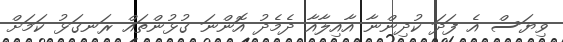
ވިޔަސް އެ ފަދަ ކުދިންނާ އާއިލާއާ ދެމެދު އޮންނަ ގުޅުންތައް ރަނގަޅު ކަމަށް